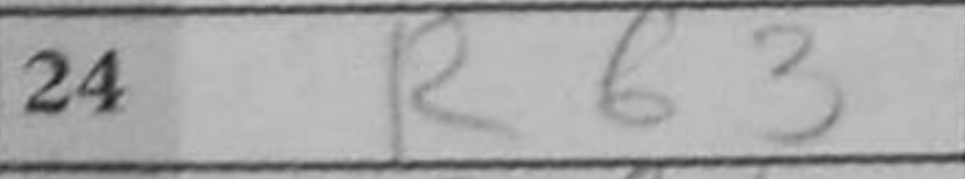
Transcription: Rb3